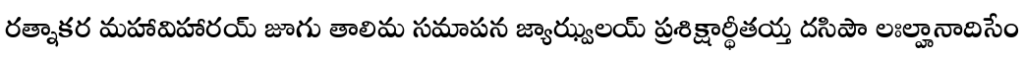
రత్నాకర మహావిహారయ్ జూగు తాలిమ సమాపన జ్యాఝ్వలయ్ ప్రశిక్షార్థీతయ్త దసిపౌ లఃల్హానాదిసేం